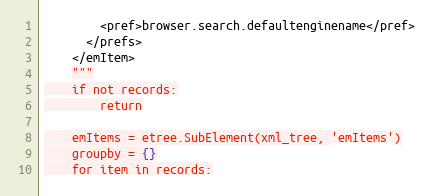
Language: Python
        <pref>browser.search.defaultenginename</pref>
      </prefs>
    </emItem>
    """
    if not records:
        return

    emItems = etree.SubElement(xml_tree, 'emItems')
    groupby = {}
    for item in records: